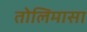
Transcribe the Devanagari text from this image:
तोलिमासा